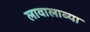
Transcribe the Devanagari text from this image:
लावालाव्या